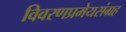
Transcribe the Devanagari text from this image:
विवरणप्रमेयसंग्रह